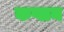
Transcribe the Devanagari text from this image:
कप्लन